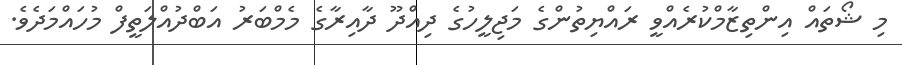
މި ޝޯތައް އިންތިޒާމްކުރެއްވީ ރައްޔިތުންގެ މަޖިލީހުގެ ދިއްދޫ ދާއިރާގެ މެމްބަރު އަބްދުއްލަތީފް މުހައްމަދެވެ.